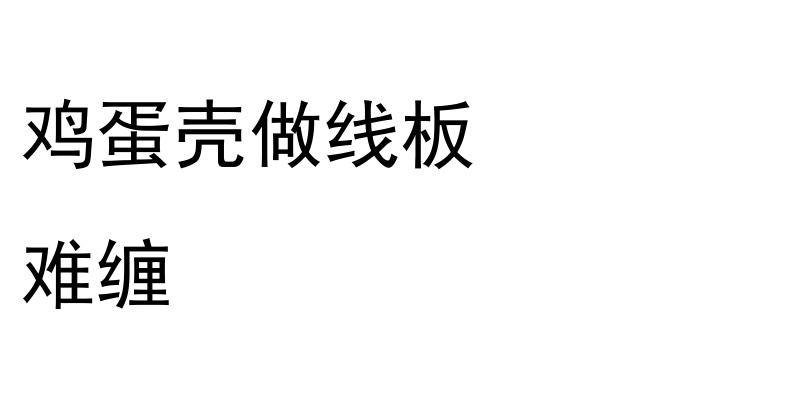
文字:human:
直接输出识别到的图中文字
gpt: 鸡蛋壳做线板 难缠